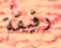
رقيقة